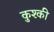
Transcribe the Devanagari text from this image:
कुश्की